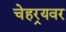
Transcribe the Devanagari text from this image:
चेहर्‍यवर